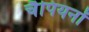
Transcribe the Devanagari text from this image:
चैपियनों